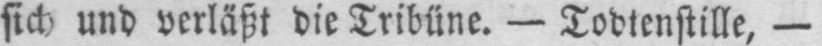
sich und verläßt die Tribüne. - Todtenstille, -